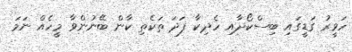
ހަވީރު ގަޑީގައި ބިސްކޯދާއި ހެދިކާ ފަދަ ތަކެތި ކާން ބޭނުންވާ މީހެއް ނަމަ